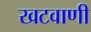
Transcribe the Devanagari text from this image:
खटवाणी